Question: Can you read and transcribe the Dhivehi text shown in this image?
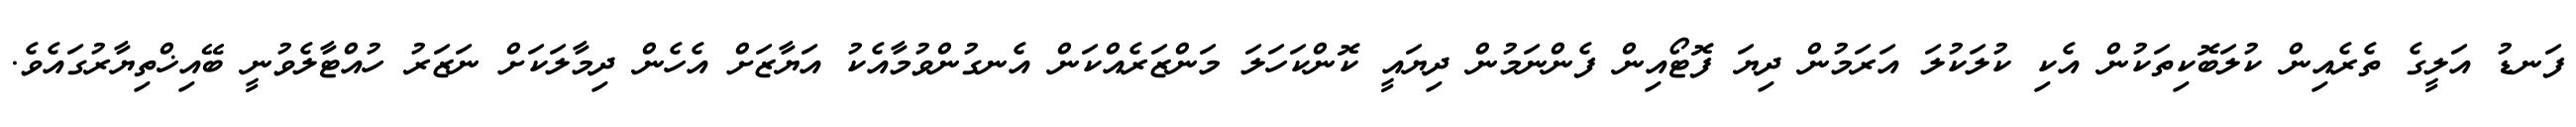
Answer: ފަނޑު އަލީގެ ތެރެއިން ކުލަބޮކިތަކުން އެކި ކުލަކުލަ އަރަމުން ދިޔަ ފޮޓޯއިން ފެންނަމުން ދިޔައީ ކޮންކަހަލަ މަންޒަރެއްކަން އެނގުންވުމާއެކު އަޔާޒަށް އެހެން ދިމާލަކަށް ނަޒަރު ހުއްޓާލެވުނީ ބޭއިޚްތިޔާރުގައެވެ.